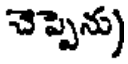
చెప్పెను)